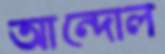
আন্দোল